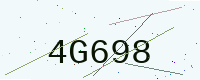
Text: 4G698